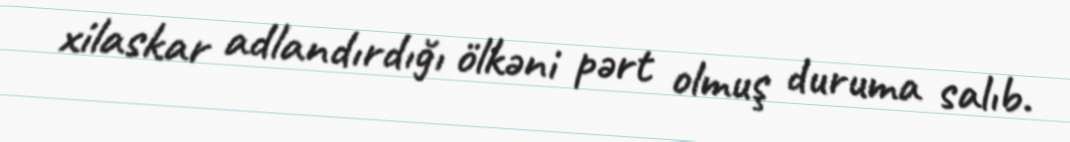
xilaskar adlandırdığı ölkəni pərt olmuş duruma salıb.